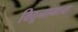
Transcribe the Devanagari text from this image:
विठूनामाचा